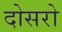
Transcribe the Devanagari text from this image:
दोसरो